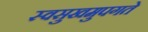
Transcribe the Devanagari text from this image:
स्वसुखमुपगते